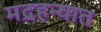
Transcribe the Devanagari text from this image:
मद्रहन्यात